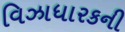
વિઝાધારકની